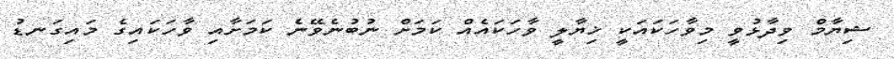
ޝިޔާމް ވިދާޅުވީ މިވާހަކައަކީ ޚިޔާލީ ވާހަކައެއް ކަމަށް ނުބުނެވޭނެ ކަމަށާއި ވާހަކައިގެ މައިގަނޑު